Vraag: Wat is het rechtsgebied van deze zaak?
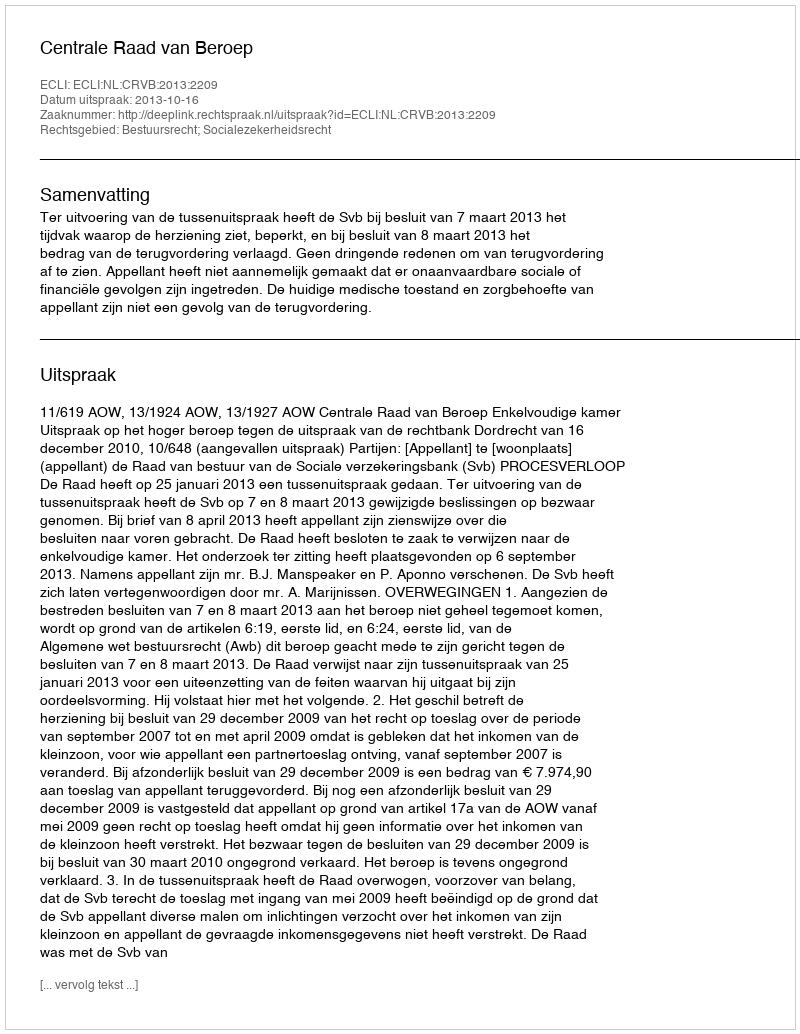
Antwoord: Bestuursrecht; Socialezekerheidsrecht